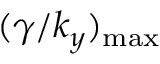
( \gamma / k _ { y } ) _ { \mathrm { { m a x } } }